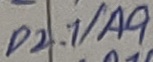
Text: P2.1/A9